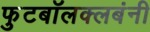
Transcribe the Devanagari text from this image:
फुटबॉलक्लबंनी